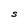
Character: S